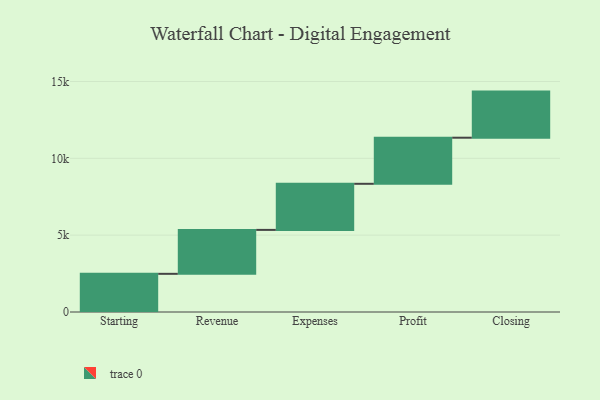
{"axis": {"x": "Step", "y": "Value"}, "legend": [""], "data": [{"x": "Starting", "y": 2484.0, "type": ""}, {"x": "Revenue", "y": 2859.0, "type": ""}, {"x": "Expenses", "y": 3000, "type": ""}, {"x": "Profit", "y": 3000, "type": ""}, {"x": "Closing", "y": 3000, "type": ""}]}